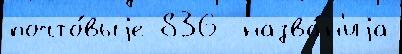
почто́выjе 836  назва́н'иjа